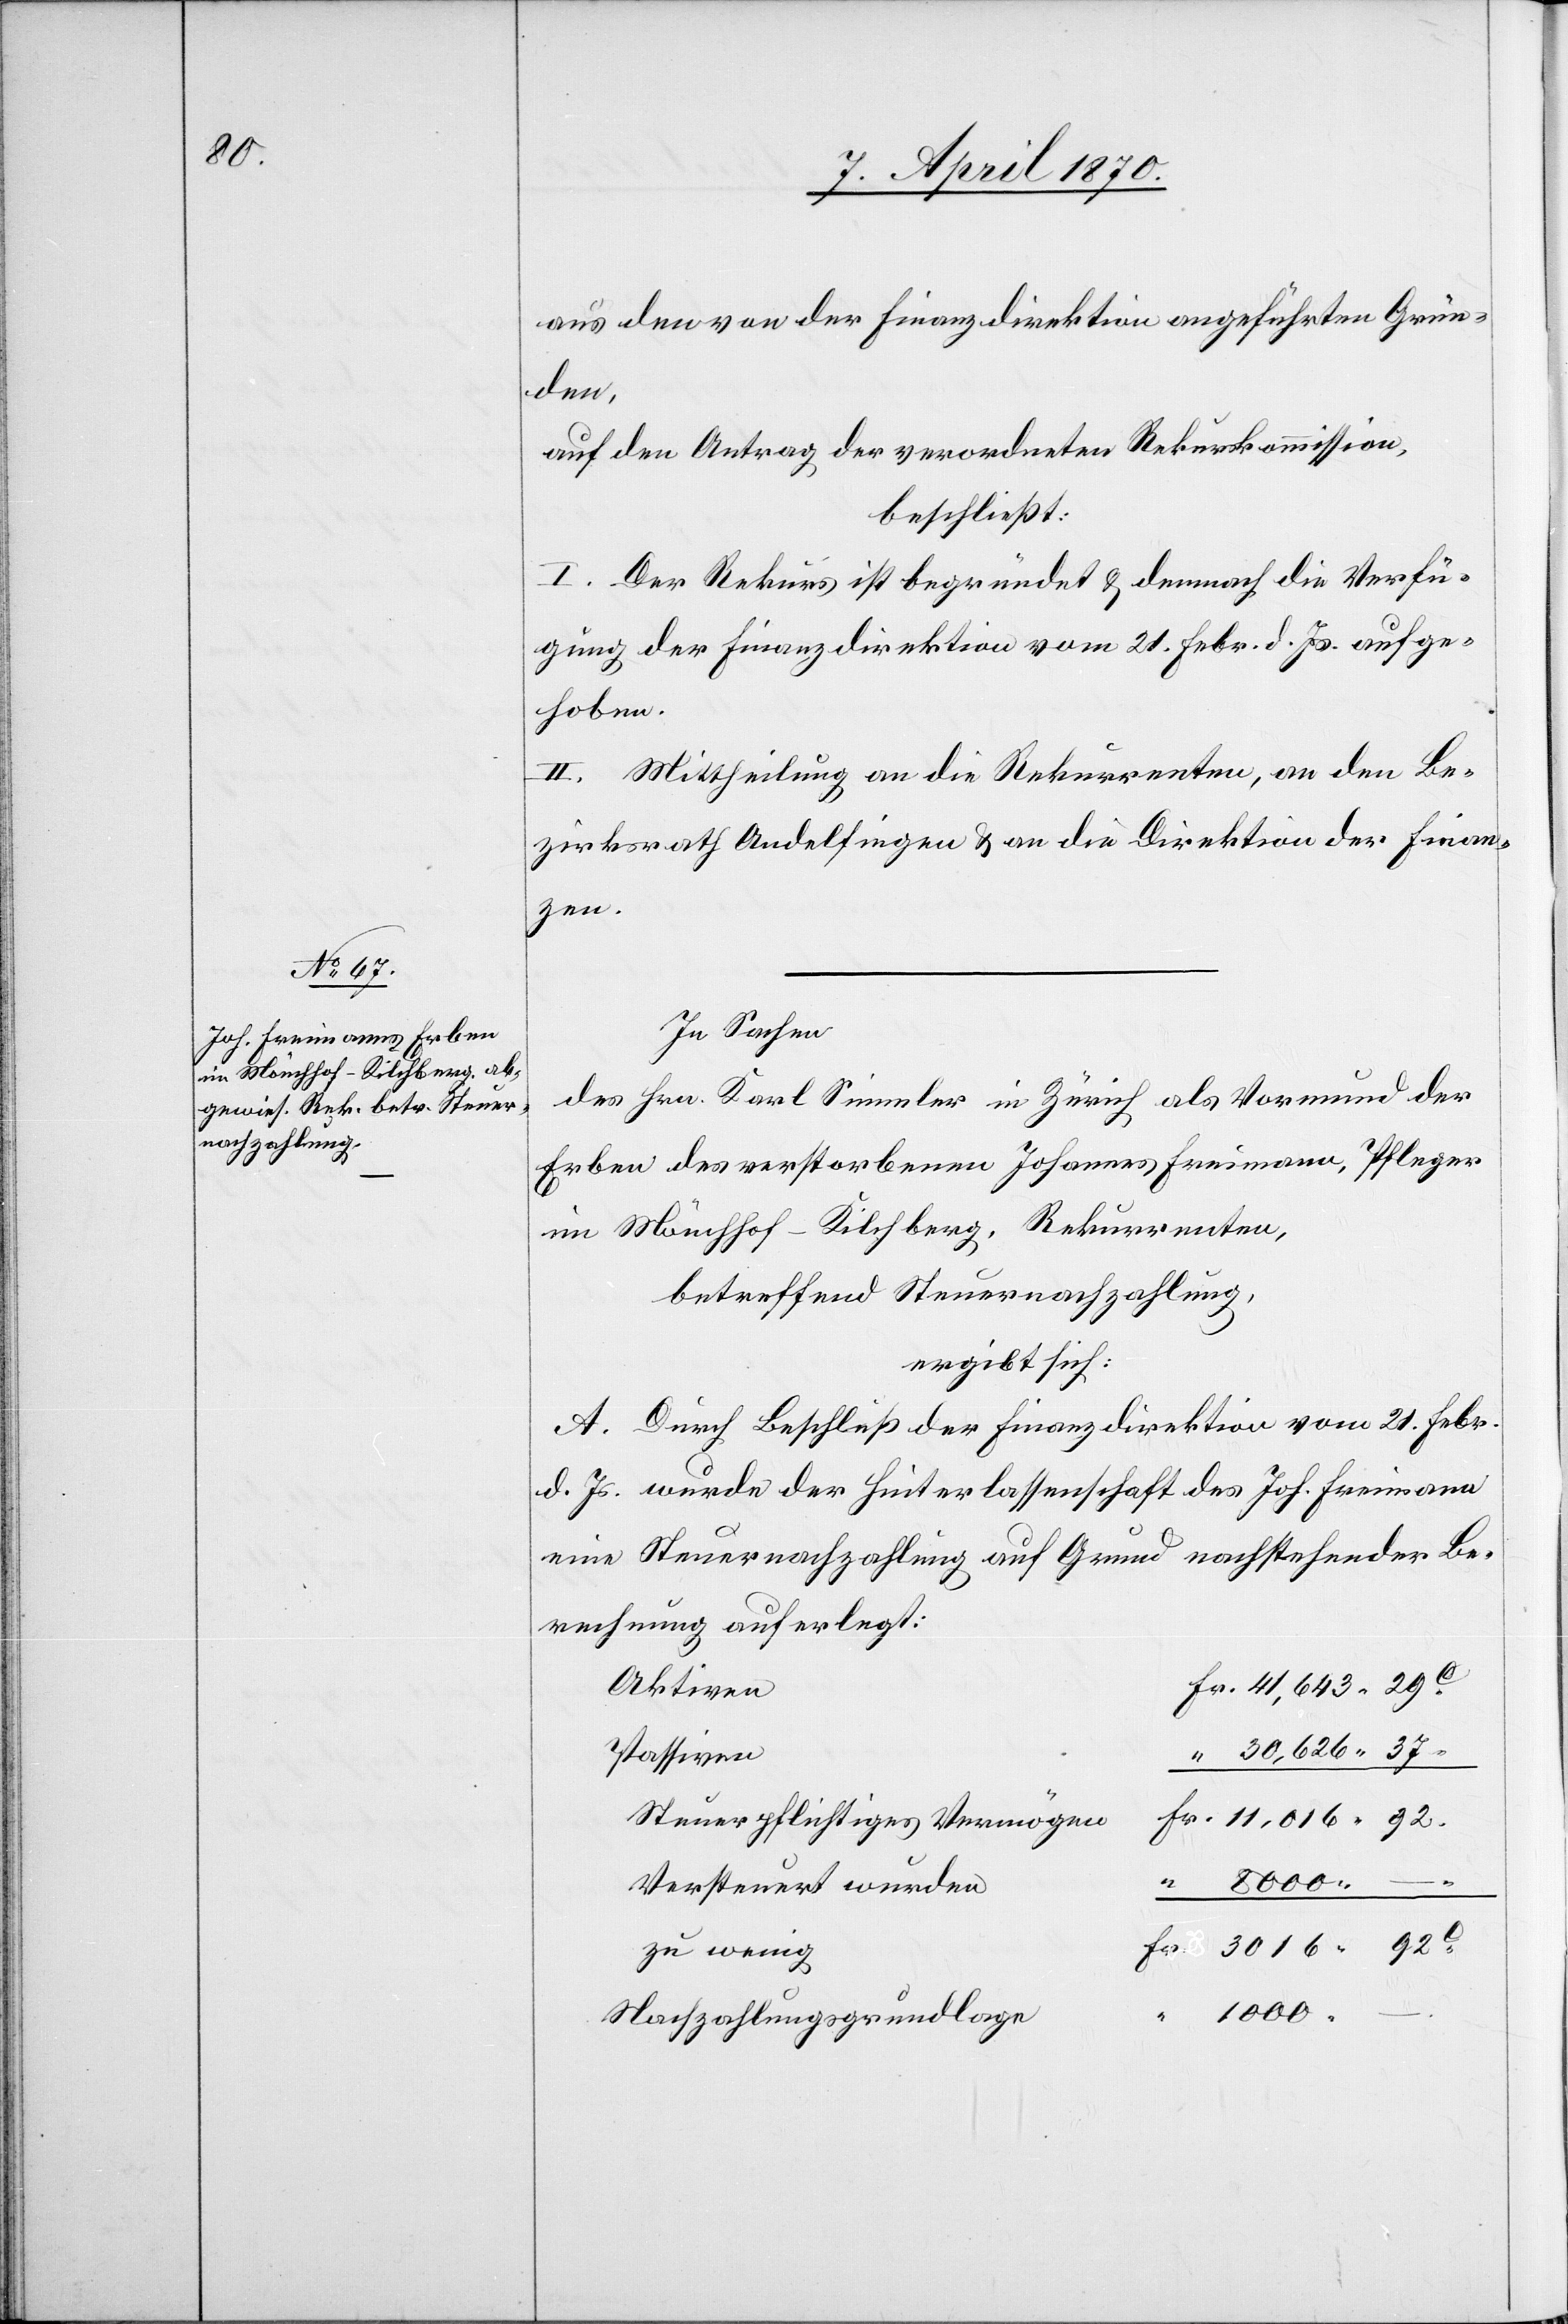
1000.

aus den von der Finanzdirektion angeführten Grün¬
den,
auf den Antrag der verordneten Rekurskommission,
beschließt:
I. Der Rekurs ist begründet & demnach die Verfü¬
gung der Finanzdirektion vom 21. Febr. d. Js. aufge¬
hoben.
II. Mittheilung an die Rekurrenten, an den Be¬
zirksrath Andelfingen & an die Direktion der Finan¬
zen.
In Sachen
des Hrn. Karl Simmler in Zürich als Vormund der
Erben des verstorbenen Johannes Freimann, Pfleger
in Mönchhof - Kilchberg, Rekurrenten,
betreffend Steuernachzahlung,
ergibt sich:
A. Durch Beschluß der Finanzdirektion vom 21. Febr.
d. Js. wurde der Hinterlassenschaft des Joh. Freimann
eine Steuernachzahlung auf Grund nachstehender Be¬
rechnung auferlegt:
Aktiven
Passiven
Steuerpflichtiges Vermögen
Versteuert wurden
zu wenig
Nachzahlungsgrundlage